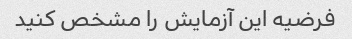
فرضیه این آزمایش را مشخص کنید